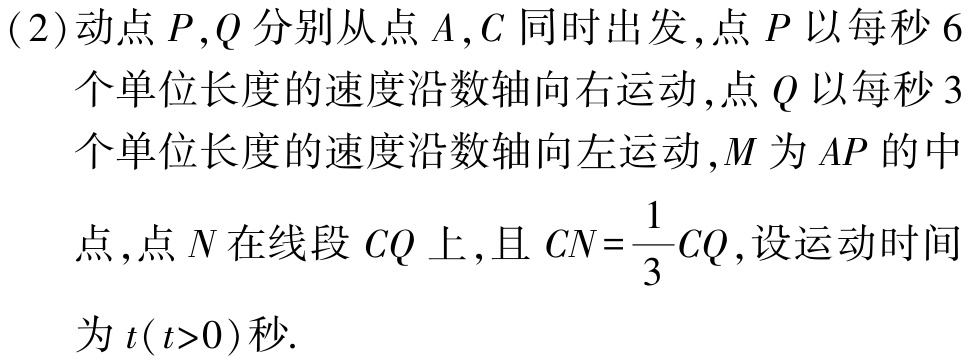
(2)动点\(P,Q\)分别从点\(A,C\)同时出发,点\(P\)以每秒\(6\)个单位长度的速度沿数轴向右运动,点\(Q\)以每秒\(3\)个单位长度的速度沿数轴向左运动,\(M\)为\(AP\)的中点,点\(N\)在线段\(CQ\)上,且\(CN = \frac{1}{3}CQ\),设运动时间为\(t(t > 0)\)秒.